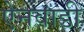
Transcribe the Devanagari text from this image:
ऐनवाडी